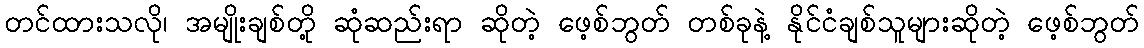
တင်ထားသလို၊ အမျိုးချစ်တို့ ဆုံဆည်းရာ ဆိုတဲ့ ဖေ့စ်ဘွတ် တစ်ခုနဲ့ နိုင်ငံချစ်သူများဆိုတဲ့ ဖေ့စ်ဘွတ်